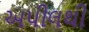
અપીલથી